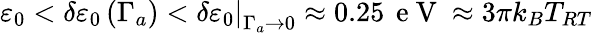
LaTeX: \varepsilon_{0}<\delta\varepsilon_{0}\left(\Gamma_{a}\right)<\left.\delta\varepsilon_{0}\right\vert_{\Gamma_{a}\to 0}\approx 0.25\, \mathrm{~e~V~}\approx 3\pi k_{B}T_{RT}